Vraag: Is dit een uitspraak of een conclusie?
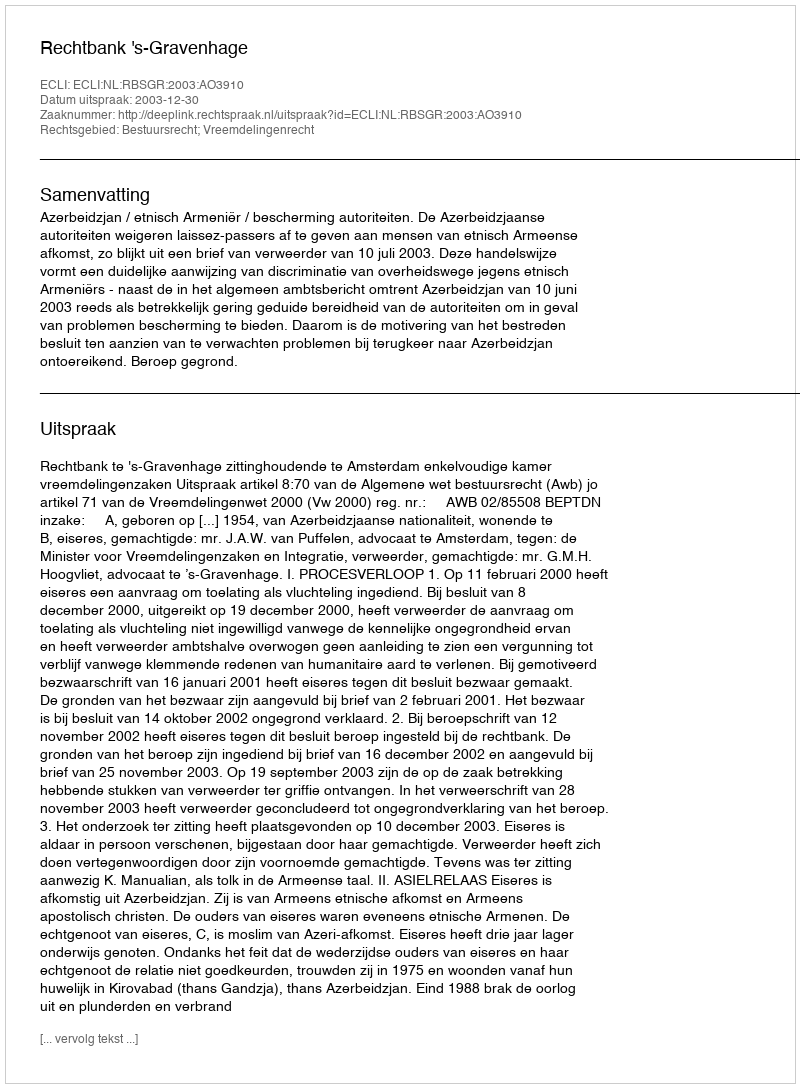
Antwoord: Uitspraak